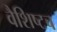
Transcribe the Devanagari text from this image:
वैशिष्टच